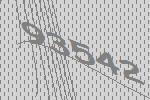
93542